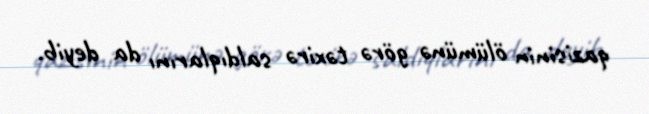
qazisinin ölümünə görə təxirə saldıqlarını da deyib.